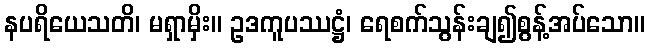
နပရိယေသတိ၊ မရှာမှိး။ ဥဒကူပဿဋ္ဌံ၊ ရေစက်သွန်းချ၍စွန့်အပ်သော။